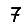
Digit: 7